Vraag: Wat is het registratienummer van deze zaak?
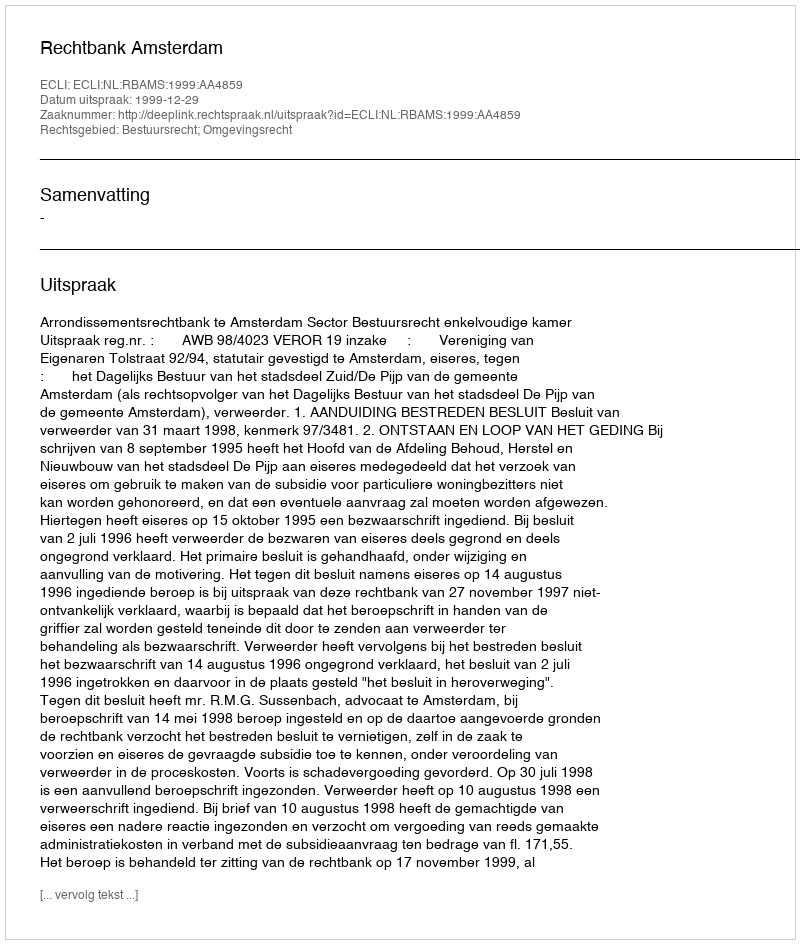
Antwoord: http://deeplink.rechtspraak.nl/uitspraak?id=ECLI:NL:RBAMS:1999:AA4859